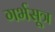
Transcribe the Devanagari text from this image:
गर्भसूत्र